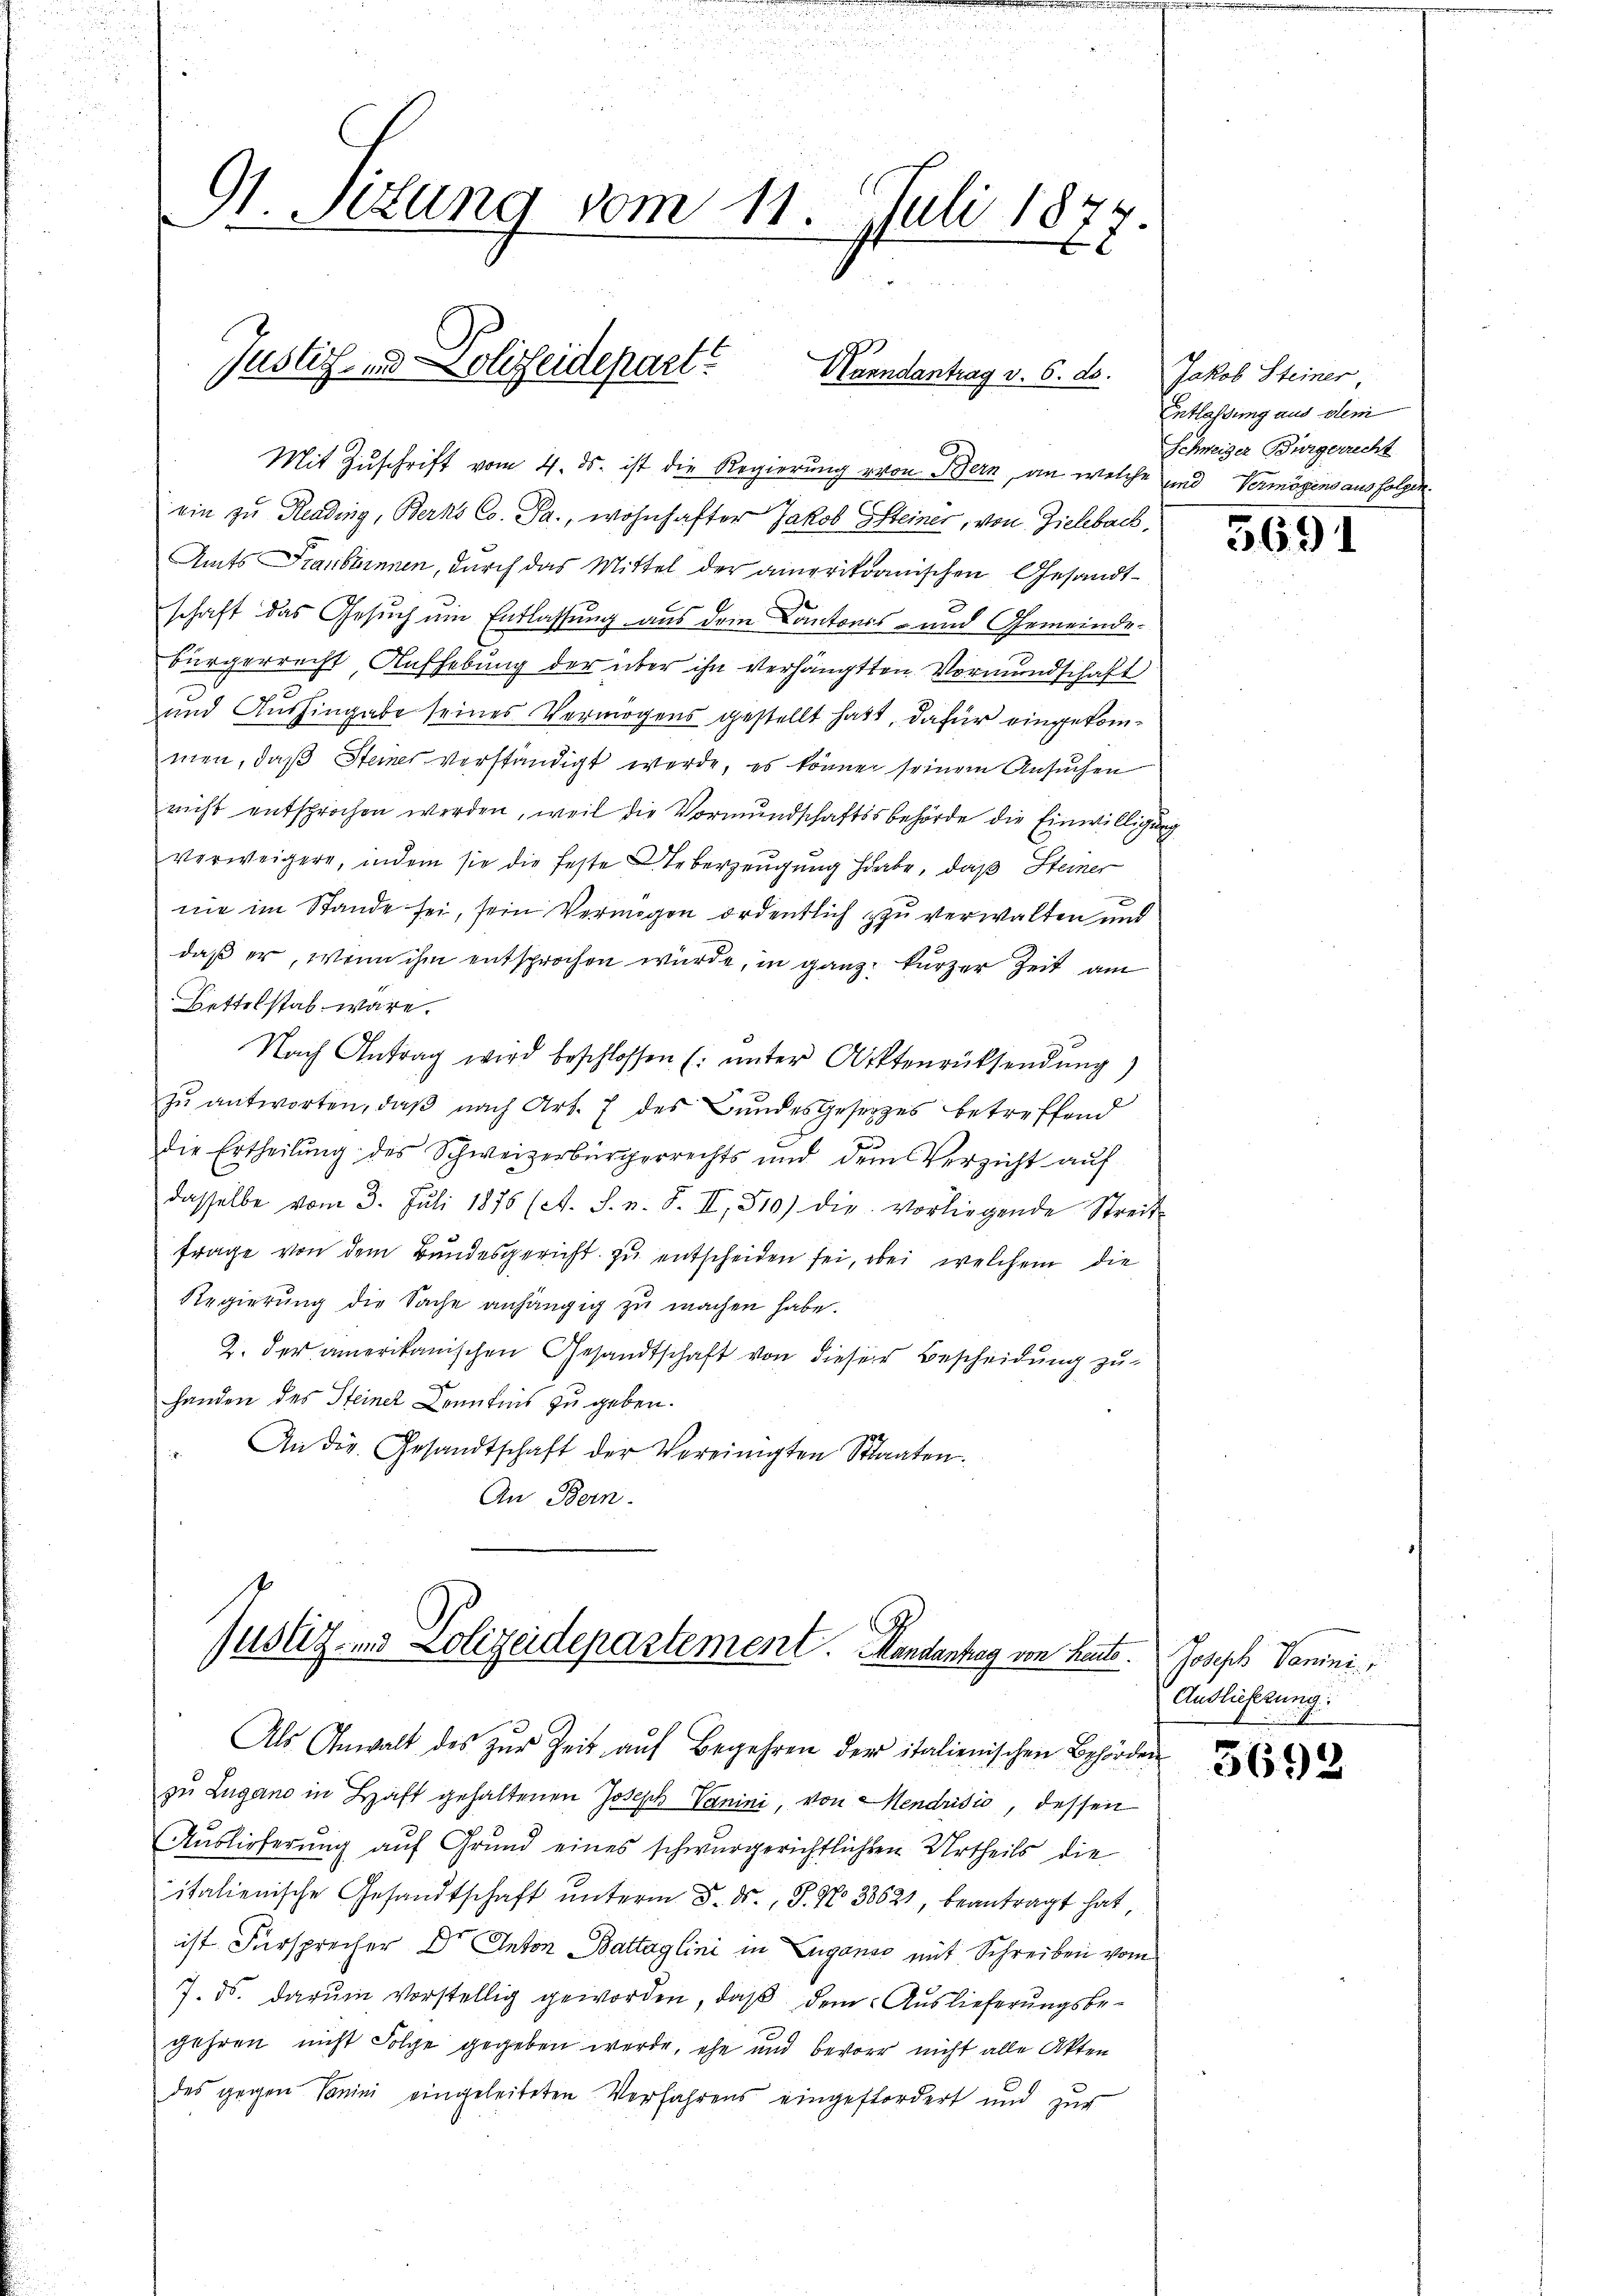
St. Sitzung vom 11. Juli 187.

Justiz- und Polizeidepart? Nuendantrag v. 6. ds.

Mit Zuschrift vom 4. ds. ist die Regierung von Bern, an welche und Vermögens aus folgen
ein zu Rending, Berns Co. Pa., wohnhafter Jakob Steiner, von Zielebach,
Amts Graubünnen, durch das Mittel der amerikanischen Gesandtschaft das Gesuch um Entlassung aus dem Cantonss- und Gemeindebürgerrecht Aufhebung der über ihn verhängten Vormundschaft
und Aushingabe seines Vermögens gestellt hatt, dafür eingekommen, daß Steines verständigt werde, es können seinem Ansuchen
richt entsprochen werden, weil die Vormundschaftsbehörde die Einwilligung
verweigere, indem sie die feste Ueberzeugung habe, daß Steiner
nie im Stande sei, sein Vermögen ordentlich zu verwalten und
daß er, wenn ihm entsprochen wurde, in ganz kurzer Zeit am
Bettelstab wäre.
Nach Antrag wird beschlossen (: ŭnter Aktenrücksendung)
zŭ antworten, daβ nach Art. 7 des Bŭndesgesetzes betreffend
die Ertheilŭng des Schweizerbürgerrechts und dem Verzicht auf
dasselbe vom 3. Juli 1876 (A. S. n. F. II, 310) die vorliegende Streit
frage von dem Bundesgericht zu entscheiden sei, bei welchem die
Regierŭng die Sache anhängig zu machen habe.
2. der amerikanischen Gesandtschaft von dieser Bescheidung zu-
Handen des Steiner Kenntnis zu geben.
An die Gesandtschaft der Vereinigten Staaten.
An Bern.

Justiz- und Polizeidepartement. Mandantag von hat. Joseph Tomini

Als Anwalt des zur Zeit auf Begehren der italienischen Behörden

zu Lugano in Haft gehaltenen Joseph Vanini, von Mendrisio, dessen
Auslieferung auf Grund eines schwurgerichtlichen Urtheils die
italienische Gesandtschaft ŭnterm 8. d. J. No 33621 beantragt hat
ist Fürsprecher Dr Anton Battaglini in Lugano mit Schreiben vom
7. ds. darum vorstellig geworden, daß dem Auslieferungsbegehren nicht Folge gegeben werde, ehe und bevor nicht alle Akten
des gegen Sanini eingeleiteten Verfahrens eingeffordert und zur

Jakob Steiner,
Entlassung aus dem
Schweiger Bürgerrecht

3691

Auslieferung:

3692